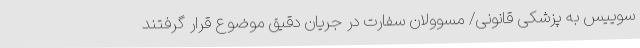
سوییس به پزشکی قانونی/ مسوولان سفارت در جریان دقیق موضوع قرار گرفتند